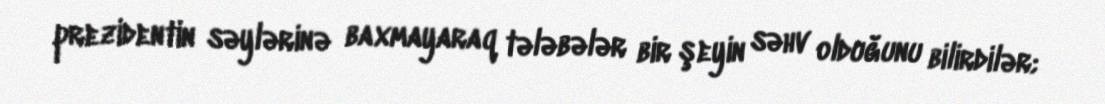
prezidentin səylərinə baxmayaraq tələbələr bir şeyin səhv olduğunu bilirdilər;